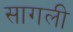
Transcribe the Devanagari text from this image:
सागली